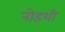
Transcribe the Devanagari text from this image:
नोडशी